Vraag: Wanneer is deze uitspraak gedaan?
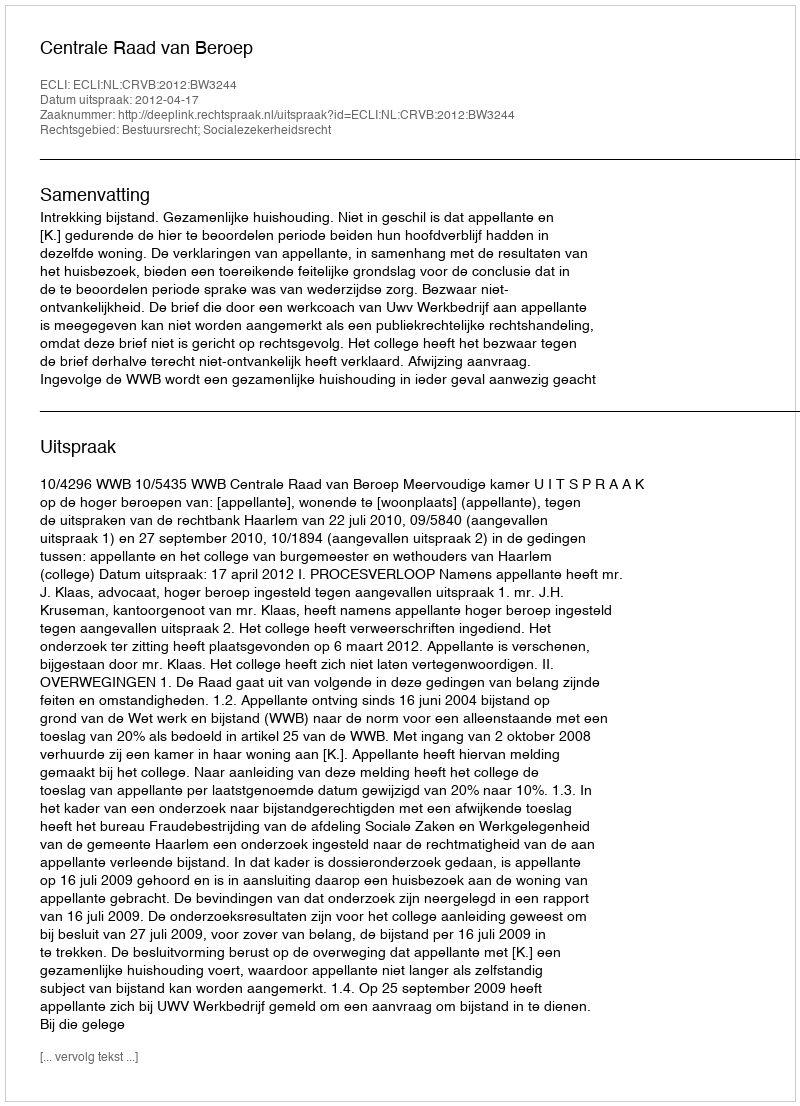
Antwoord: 2012-04-17